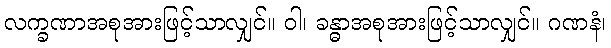
လက္ခဏာအစုအားဖြင့်သာလျှင်။ ဝါ၊ ခန္ဓာအစုအားဖြင့်သာလျှင်။ ဂဏနံ၊